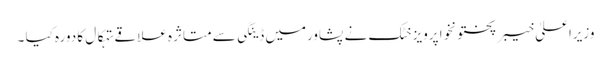
وزیراعلیٰ خیبر پختونخوا پرویز خٹک نے پشاورمیں ڈینگی سے متاثرہ علاقے تہکال کا دورہ کیا ۔